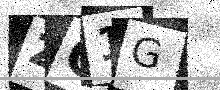
Text: ZQ1G